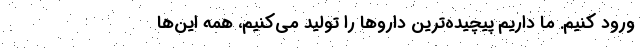
ورود کنیم. ما داریم پیچیده‌ترین داروها را تولید می‌کنیم، همه این‌ها